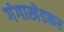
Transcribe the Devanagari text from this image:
गंगाखेडकर